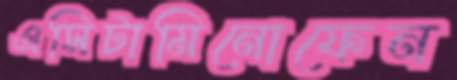
এসিটামিনোফেন